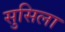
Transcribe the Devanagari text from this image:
सुसिला